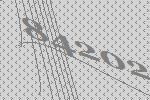
84202